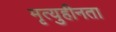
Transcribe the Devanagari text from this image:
मृत्युहीनता